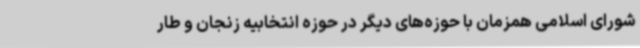
شورای اسلامی همزمان با حوزه‌های دیگر در حوزه انتخابیه زنجان و طار